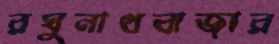
রঘুনাথবাজার